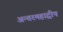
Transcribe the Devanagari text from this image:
अन्तरमहाद्वीप